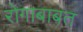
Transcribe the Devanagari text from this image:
रोगाबाबत